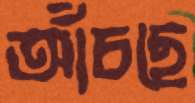
আঁচছে